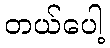
တယ်ပေါ့